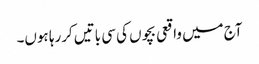
آج میں واقعی بچوں کی سی باتیں کررہا ہوں۔